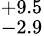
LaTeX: ^{+9.5}_{-2.9}